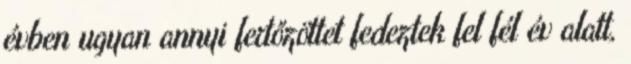
évben ugyan annyi fertőzöttet fedeztek fel fél év alatt,